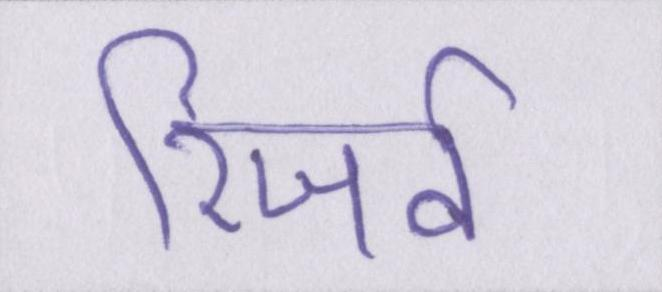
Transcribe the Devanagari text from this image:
रिजर्व